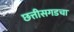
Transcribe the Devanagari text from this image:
छत्तीसगडचा